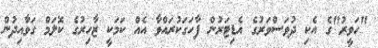
"ހަވީރު"ގެ އެކި ދުވަސްވަރުގެ އެޑިޓަރުން ފާހަގަކުރައްވާ އެއް ކަމަކީ ޒާހިރުގެ ކޮލަމް ގަވާއިދުން